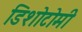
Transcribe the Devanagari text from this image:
डिशोटोमी